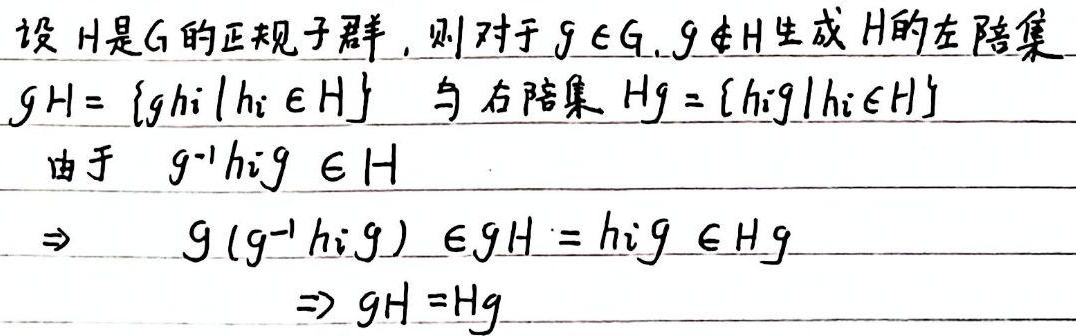
设 \(H\) 是 \(G\) 的正规子群，则对于 \(g \in G\)，\(g \notin H\) 生成 \(H\) 的左陪集 \(gH=\{gh_i|h_i \in H\}\) 与右陪集 \(Hg = \{h_ig|h_i \in H\}\)。

由于 \(g^{-1}h_ig \in H\)，\(\Rightarrow g(g^{-1}h_ig) \in gH=h_ig \in Hg\)，\(\Rightarrow gH = Hg\)